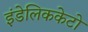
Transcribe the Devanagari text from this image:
इंडेलिककेटो